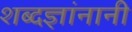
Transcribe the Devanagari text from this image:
शब्दज्ञांनानी